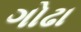
ગોઢા